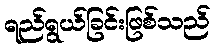
ရည်ရွယ်ခြင်းဖြစ်သည်